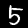
Label: 5